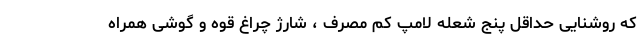
که روشنایی حداقل پنج شعله لامپ کم مصرف ، شارژ چراغ قوه و گوشی همراه